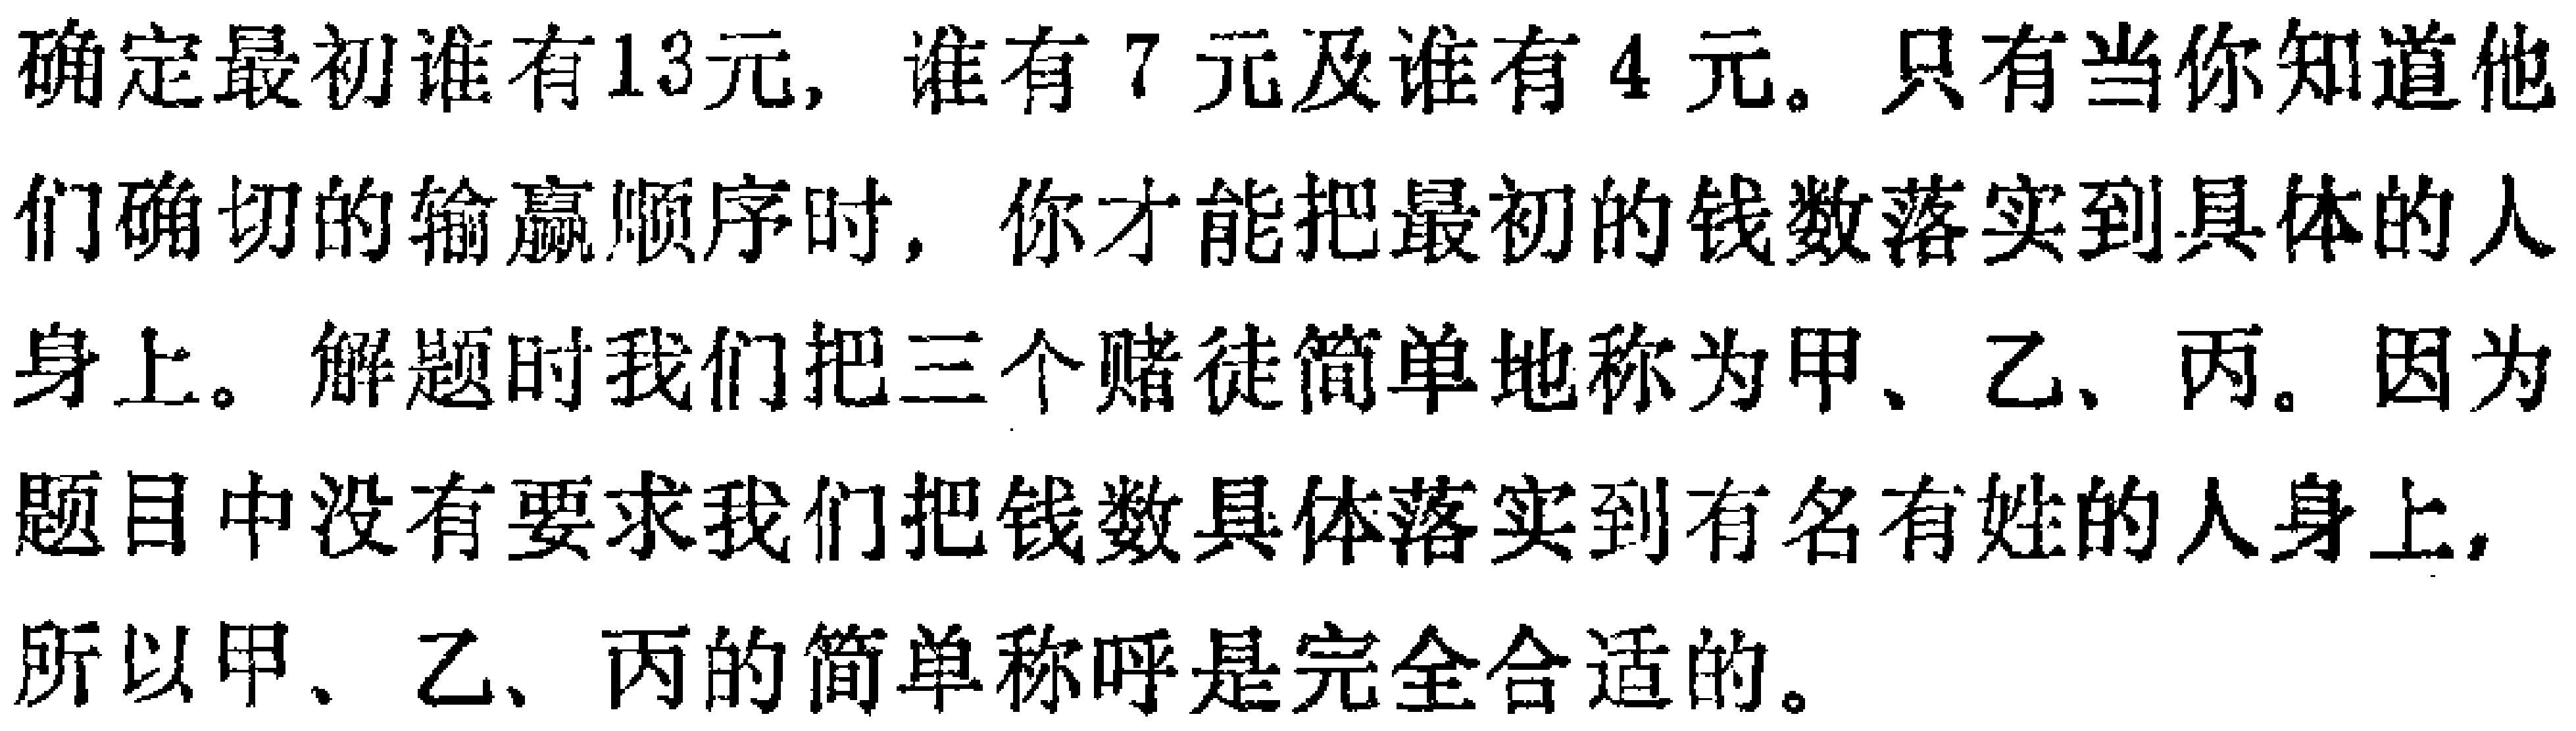
确定最初谁有13元, 谁有 7 元及谁有 4 元。只有当你知道他们确切的输赢顺序时, 你才能把最初的钱数落实到具体的人身上。解题时我们把三个赌徒简单地称为甲、乙、丙。因为题目中没有要求我们把钱数具体落实到有名有姓的人身上, 所以甲、乙、丙的简单称呼是完全合适的。